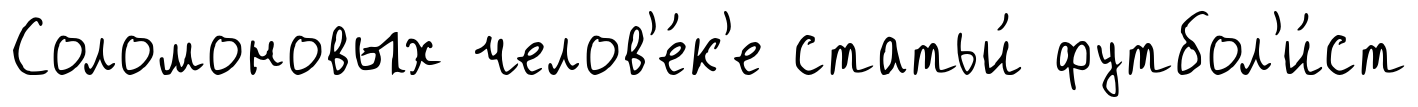
Соломоновых челов'е́к'е статьи́ футбол'и́ст